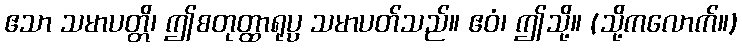
ဧသာ သမာပတ္တိ၊ ဤစတုတ္ထာရုပ္ပ သမာပတ်သည်။ ဧဝံ၊ ဤသို့။ (သို့ကလောက်။)